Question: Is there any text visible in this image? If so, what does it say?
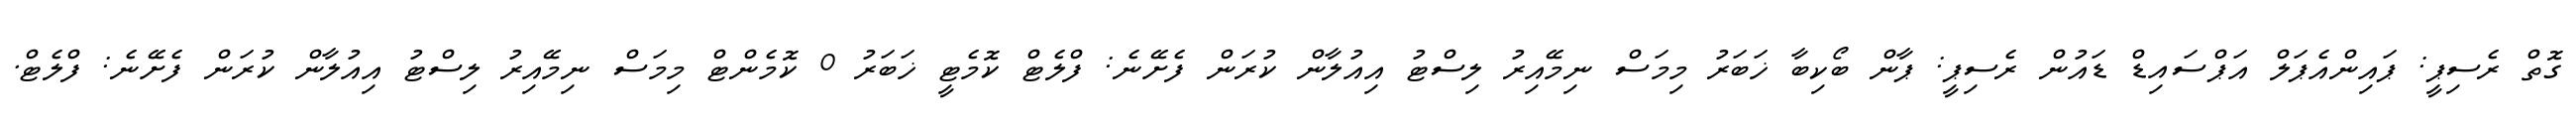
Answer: ގޮތް ރެސިޕީ: ޕައިންއެޕަލް އަޕްސައިޑް ޑައުން ރެސިޕީ: ޕާން ބޯކިބާ ޚަބަރު މިމަސް ނިމޭއިރު ލިސްޓު އިއުލާން ކުރަން ފެށޭނެ: ފްލެޓް ކޮމެޓީ ޚަބަރު 0 ކޮމެންޓް މިމަސް ނިމޭއިރު ލިސްޓު އިއުލާން ކުރަން ފެށޭނެ: ފްލެޓް.